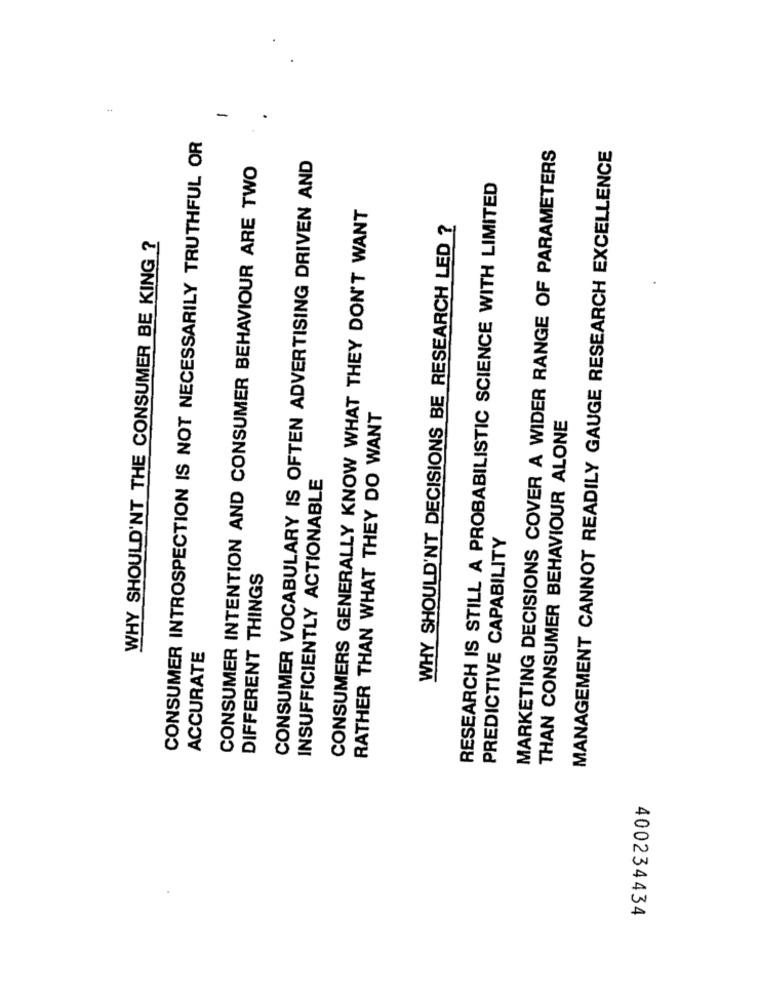
-
CONSUMER INTROSPECTION IS NOT NECESSARILY TRUTHFUL OR
MANAGEMENT CANNOT READILY GAUGE RESEARCH EXCELLENCE
MARKETING DECISIONS COVER A WIDER RANGE OF PARAMETERS
CONSUMER INTENTION AND CONSUMER BEHAVIOUR ARE TWO
CONSUMER VOCABULARY IS OFTEN ADVERTISING DRIVEN AND
RESEARCH IS STILL A PROBABILISTIC SCIENCE WITH LIMITED
CONSUMERS GENERALLY KNOW WHAT THEY DON'T WANT
WHY SHOULD'NT DECISIONS BE RESEARCH LED ?
WHY SHOULD'NT THE CONSUMER BE KING ?
RATHER THAN WHAT THEY DO WANT
THAN CONSUMER BEHAVIOUR ALONE
INSUFFICIENTLY ACTIONABLE
PREDICTIVE CAPABILITY
DIFFERENT THINGS
ACCURATE
400234434